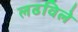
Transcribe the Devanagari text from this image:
लढविले